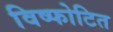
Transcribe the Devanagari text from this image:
विष्फोटित